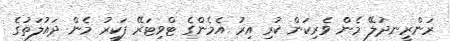
ރަންރީނދުލޭ މެން ވެރިކަން ކުރި އިރު އެމެންގެ ޓްވިޓަރޭ ފަކީރު މެން ދައުލަތުގެ